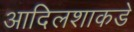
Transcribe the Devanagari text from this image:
आदिलशाकडे